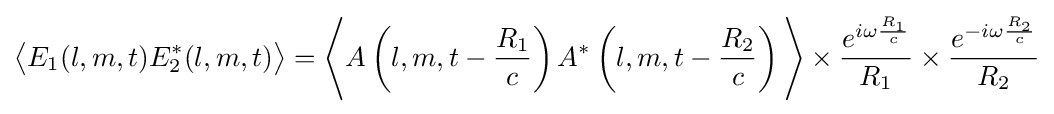
{\big \langle }E_{1}(l,m,t)E_{2}^{*}(l,m,t){\big \rangle }={\Bigg \langle }A\left(l,m,t-{\frac {R_{1}}{c}}\right)A^{*}\left(l,m,t-{\frac {R_{2}}{c}}\right){\Bigg \rangle }\times {\frac {e^{i\omega {\frac {R_{1}}{c}}}}{R_{1}}}\times {\frac {e^{-i\omega {\frac {R_{2}}{c}}}}{R_{2}}}